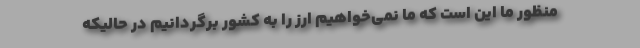
منظور ما این است که ما نمی‌خواهیم ارز را به کشور برگردانیم در حالیکه